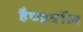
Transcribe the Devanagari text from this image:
हैण्डबॉल